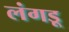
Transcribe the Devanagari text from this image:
लंगडू